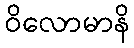
ဝိလောမာနိ